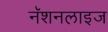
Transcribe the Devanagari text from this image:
नॅशनलाइज